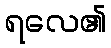
ရလေ၏